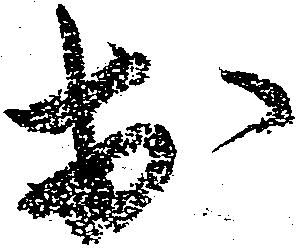
於